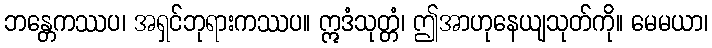
ဘန္တေကဿပ၊ အရှင်ဘုရားကဿပ။ ဣဒံသုတ္တံ၊ ဤအာဟုနေယျသုတ်ကို။ မေမယာ၊